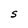
Character: S